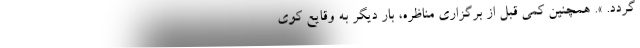
گردد. ». همچنین کمی قبل از برگزاری مناظره، بار دیگر به وقایع کوی